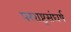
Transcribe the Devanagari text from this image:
परराष्ट्रसंघर्ष